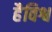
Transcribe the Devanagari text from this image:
हैविश्व